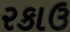
રકાઉ